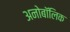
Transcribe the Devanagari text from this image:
अनोबॉलिक